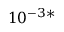
1 0 ^ { - 3 * }